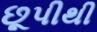
છૂપીથી